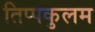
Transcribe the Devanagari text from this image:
तिप्पकुलम